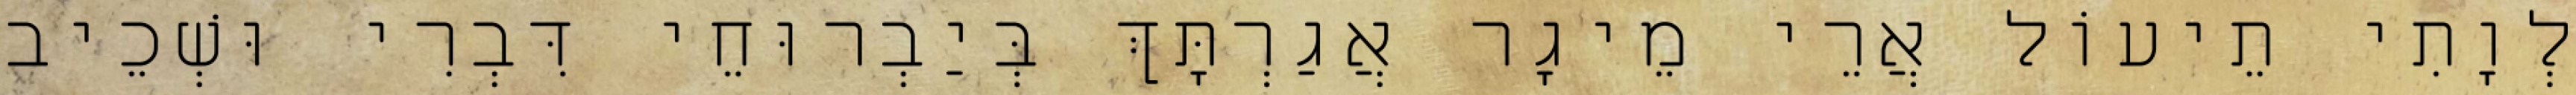
לְוָתִי תֵיעוֹל אֲרֵי מֵיגָר אֲגַרְתָּךְ בְּיַבְרוּחֵי דִּבְרִי וּשְׁכֵיב